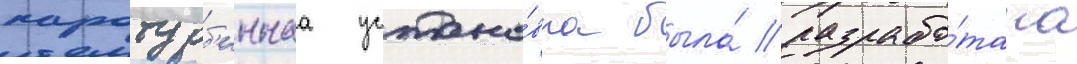
паротурб'иннаа устано́вка была́ разрабо́тана